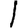
Digit: 1